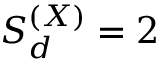
{ \cal S } _ { d } ^ { ( X ) } = 2